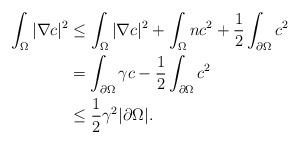
LaTeX: \begin{align*}\begin{aligned} \int_{\Omega}|\nabla c|^{2} &\le \int_{\Omega}|\nabla c|^{2}+\int_{\Omega}nc^{2}+\frac{1}{2}\int_{\partial\Omega}c^{2} \\&=\int_{\partial\Omega}\gamma c-\frac{1}{2}\int_{\partial\Omega}c^{2} \\&\le \frac{1}{2} \gamma^{2}|\partial \Omega|.\end{aligned}\end{align*}